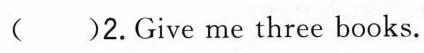
( )2.Give me three books.